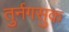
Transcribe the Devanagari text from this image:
तुर्नगसुक